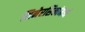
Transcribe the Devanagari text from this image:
सिनेरसिकांमध्ये